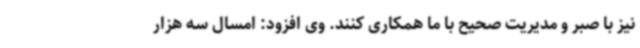
نیز با صبر و مدیریت صحیح با ما همکاری کنند. وی افزود: امسال سه هزار